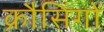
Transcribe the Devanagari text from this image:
क्रौसिंगों